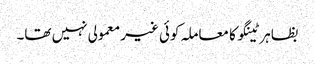
بظاہر ٹینگو کا معاملہ کوئی غیر معمولی نہیں تھا۔